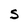
Character: S